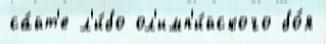
са́йт'е л'и́бо ол'имп'и́йского бо́я